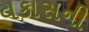
વકાસની